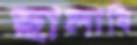
ছালাবি